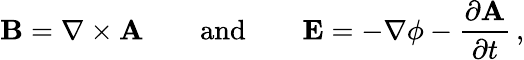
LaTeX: {\mathbf B}=\nabla\times{\mathbf A}\quad\quad\mathrm{and}\quad\quad{\mathbf E}=-\nabla\phi-\frac{\partial{\mathbf A}}{\partial t}\, ,